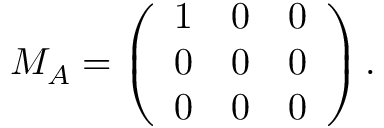
M _ { A } = \left( \begin{array} { c c c } { { 1 } } & { { 0 } } & { { 0 } } \\ { { 0 } } & { { 0 } } & { { 0 } } \\ { { 0 } } & { { 0 } } & { { 0 } } \end{array} \right) .